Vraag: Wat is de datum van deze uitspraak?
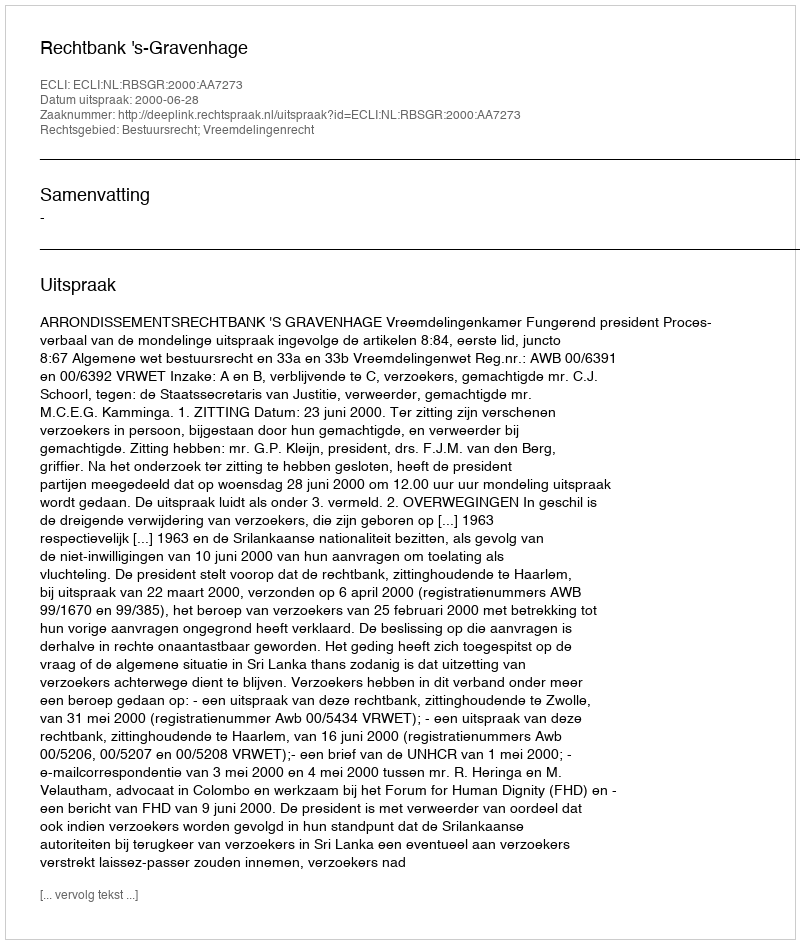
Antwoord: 2000-06-28